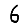
Digit: 6